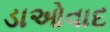
ડાઓવાદ